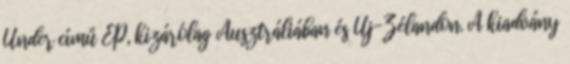
Under című EP, kizárólag Ausztráliában és Új-Zélandon. A kiadvány